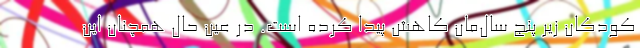
کودکان زیر پنج سال‌مان کاهش پیدا کرده است. در عین حال همچنان این